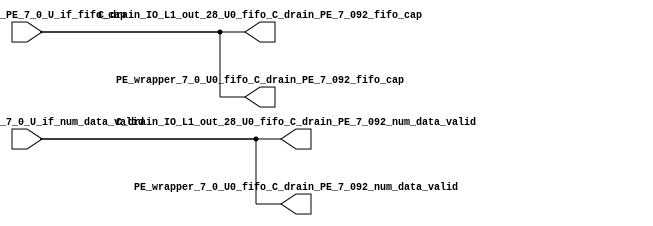
// ==================================================
// RTL generated by RapidStream
//
// Copyright 2024 RapidStream Design Automation, Inc.
// All Rights Reserved.
// ==================================================
`timescale 1 ns / 1 ps
module __rs_kernel3_aux_split_aux_57 #(
    parameter C_S_AXI_CONTROL_DATA_WIDTH  = 32,
    parameter C_S_AXI_CONTROL_ADDR_WIDTH  = 6,
    parameter C_S_AXI_DATA_WIDTH          = 32,
    parameter C_M_AXI_GMEM_A_ID_WIDTH     = 1,
    parameter C_M_AXI_GMEM_A_ADDR_WIDTH   = 64,
    parameter C_M_AXI_GMEM_A_DATA_WIDTH   = 512,
    parameter C_M_AXI_GMEM_A_AWUSER_WIDTH = 1,
    parameter C_M_AXI_GMEM_A_ARUSER_WIDTH = 1,
    parameter C_M_AXI_GMEM_A_WUSER_WIDTH  = 1,
    parameter C_M_AXI_GMEM_A_RUSER_WIDTH  = 1,
    parameter C_M_AXI_GMEM_A_BUSER_WIDTH  = 1,
    parameter C_M_AXI_GMEM_A_USER_VALUE   = 0,
    parameter C_M_AXI_GMEM_A_PROT_VALUE   = 0,
    parameter C_M_AXI_GMEM_A_CACHE_VALUE  = 3,
    parameter C_M_AXI_DATA_WIDTH          = 32,
    parameter C_M_AXI_GMEM_B_ID_WIDTH     = 1,
    parameter C_M_AXI_GMEM_B_ADDR_WIDTH   = 64,
    parameter C_M_AXI_GMEM_B_DATA_WIDTH   = 512,
    parameter C_M_AXI_GMEM_B_AWUSER_WIDTH = 1,
    parameter C_M_AXI_GMEM_B_ARUSER_WIDTH = 1,
    parameter C_M_AXI_GMEM_B_WUSER_WIDTH  = 1,
    parameter C_M_AXI_GMEM_B_RUSER_WIDTH  = 1,
    parameter C_M_AXI_GMEM_B_BUSER_WIDTH  = 1,
    parameter C_M_AXI_GMEM_B_USER_VALUE   = 0,
    parameter C_M_AXI_GMEM_B_PROT_VALUE   = 0,
    parameter C_M_AXI_GMEM_B_CACHE_VALUE  = 3,
    parameter C_M_AXI_GMEM_C_ID_WIDTH     = 1,
    parameter C_M_AXI_GMEM_C_ADDR_WIDTH   = 64,
    parameter C_M_AXI_GMEM_C_DATA_WIDTH   = 512,
    parameter C_M_AXI_GMEM_C_AWUSER_WIDTH = 1,
    parameter C_M_AXI_GMEM_C_ARUSER_WIDTH = 1,
    parameter C_M_AXI_GMEM_C_WUSER_WIDTH  = 1,
    parameter C_M_AXI_GMEM_C_RUSER_WIDTH  = 1,
    parameter C_M_AXI_GMEM_C_BUSER_WIDTH  = 1,
    parameter C_M_AXI_GMEM_C_USER_VALUE   = 0,
    parameter C_M_AXI_GMEM_C_PROT_VALUE   = 0,
    parameter C_M_AXI_GMEM_C_CACHE_VALUE  = 3,
    parameter C_S_AXI_CONTROL_WSTRB_WIDTH = 4,
    parameter C_S_AXI_WSTRB_WIDTH         = 4,
    parameter C_M_AXI_GMEM_A_WSTRB_WIDTH  = 64,
    parameter C_M_AXI_WSTRB_WIDTH         = 4,
    parameter C_M_AXI_GMEM_B_WSTRB_WIDTH  = 64,
    parameter C_M_AXI_GMEM_C_WSTRB_WIDTH  = 64
) (
    output wire [1:0] C_drain_IO_L1_out_28_U0_fifo_C_drain_PE_7_092_fifo_cap,
    output wire [1:0] C_drain_IO_L1_out_28_U0_fifo_C_drain_PE_7_092_num_data_valid,
    output wire [1:0] PE_wrapper_7_0_U0_fifo_C_drain_PE_7_092_fifo_cap,
    output wire [1:0] PE_wrapper_7_0_U0_fifo_C_drain_PE_7_092_num_data_valid,
    input wire  [1:0] fifo_C_drain_PE_7_0_U_if_fifo_cap,
    input wire  [1:0] fifo_C_drain_PE_7_0_U_if_num_data_valid
);
assign C_drain_IO_L1_out_28_U0_fifo_C_drain_PE_7_092_fifo_cap = fifo_C_drain_PE_7_0_U_if_fifo_cap;
assign C_drain_IO_L1_out_28_U0_fifo_C_drain_PE_7_092_num_data_valid = fifo_C_drain_PE_7_0_U_if_num_data_valid;
assign PE_wrapper_7_0_U0_fifo_C_drain_PE_7_092_fifo_cap = fifo_C_drain_PE_7_0_U_if_fifo_cap;
assign PE_wrapper_7_0_U0_fifo_C_drain_PE_7_092_num_data_valid = fifo_C_drain_PE_7_0_U_if_num_data_valid;
endmodule